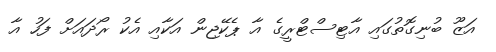
އަޒޫ ބުނިގޮތުގައި އާޓިސްޓްރީގެ އާ ޕެކޭޖިން އަކާއި އެކު ރޯދައަށް ފަހު އާ